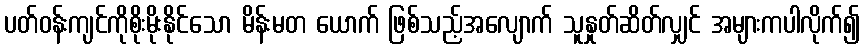
ပတ်ဝန်းကျင်ကိုစိုးမိုးနိုင်သော မိန်းမတ ယောက် ဖြစ်သည့်အလျောက် သူနှုတ်ဆိတ်လျှင် အများကပါလိုက်၍